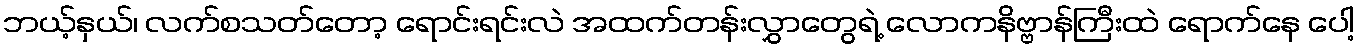
ဘယ့်နှယ်၊ လက်စသတ်တော့ ရောင်းရင်းလဲ အထက်တန်းလွှာတွေရဲ့ လောကနိဗ္ဗာန်ကြီးထဲ ရောက်နေ ပေါ့